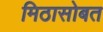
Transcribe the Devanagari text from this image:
मिठासोबत